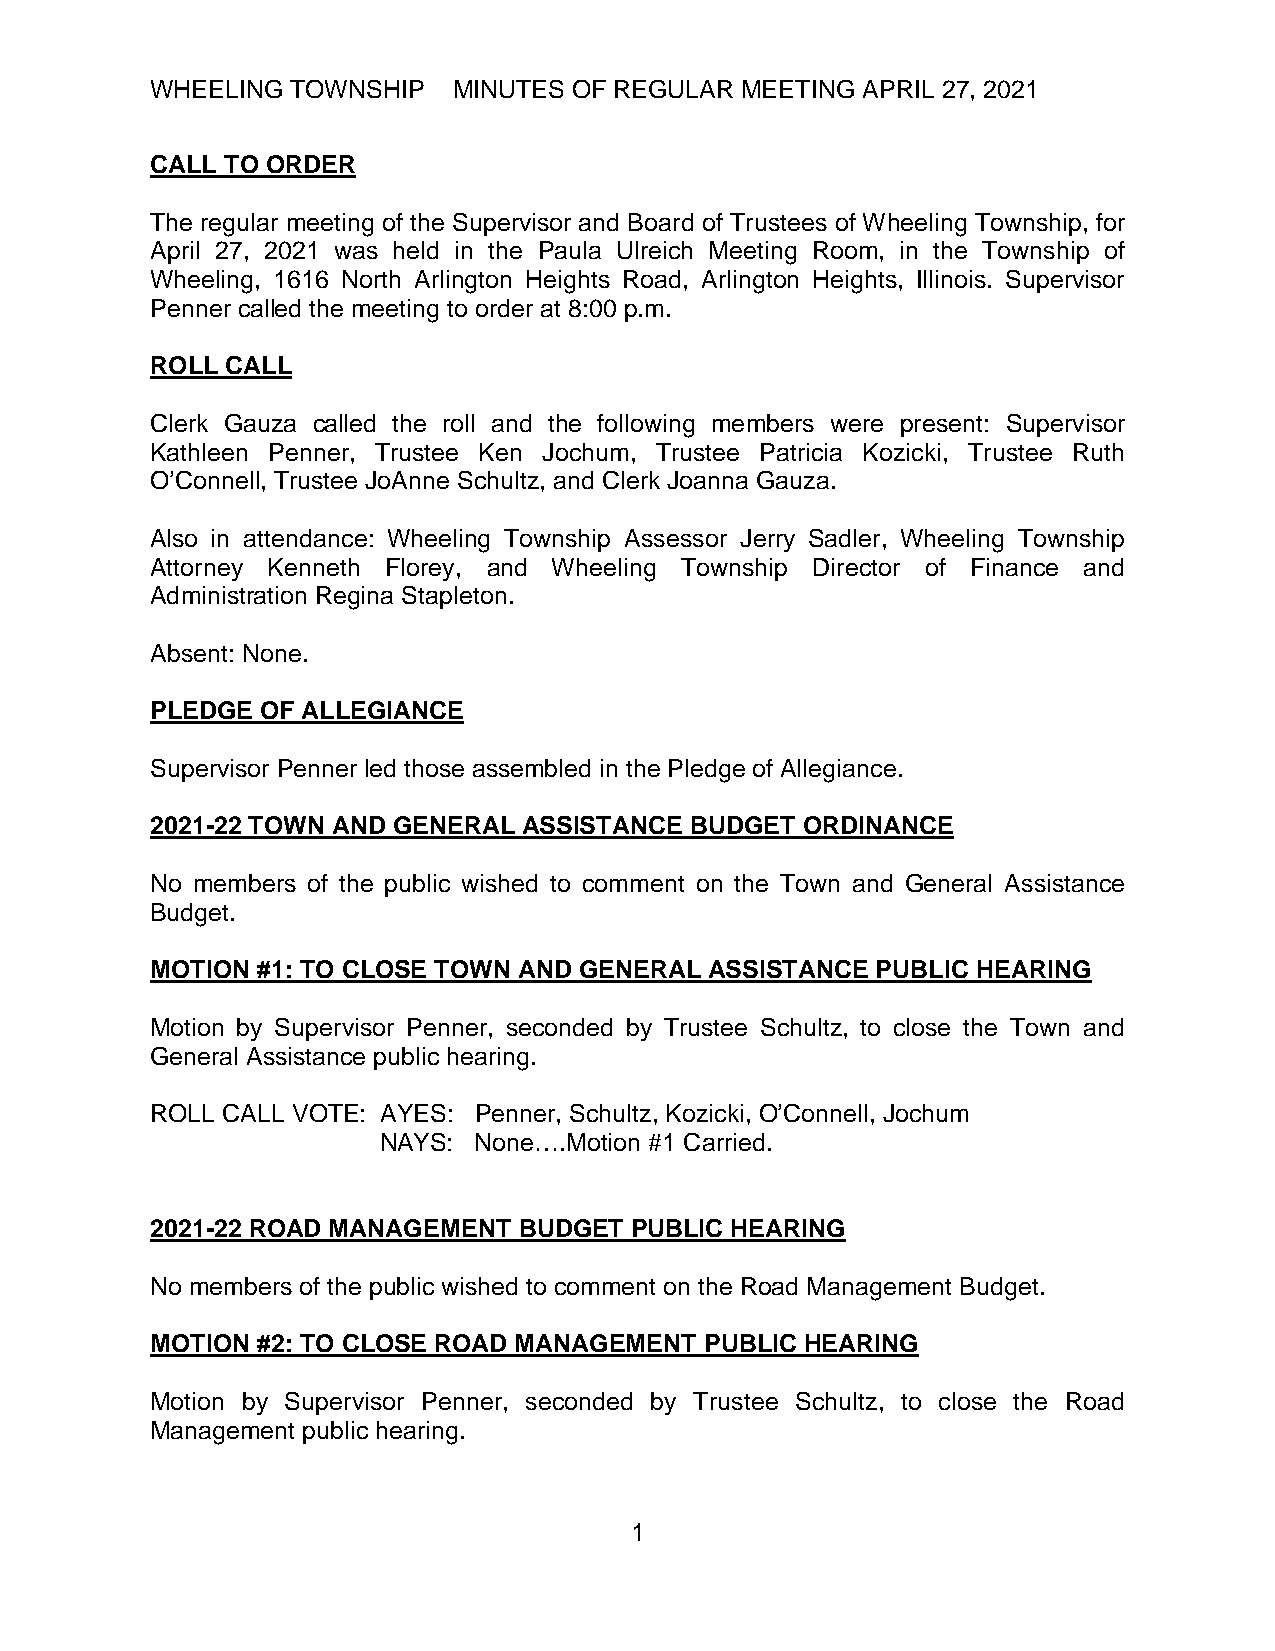
WHEELING TOWNSHIP   MINUTES OF REGULAR MEETING APRIL 27, 2021
 CALL TO ORDER
 The regular meeting of the Supervisor and Board of Trustees of Wheeling Township, for
 April 27, 2021 was held in the Paula Ulreich Meeting Room, in the Township of
 Wheeling, 1616 North Arlington Heights Road, Arlington Heights, Illinois. Supervisor
 Penner called the meeting to order at 8:00 p.m.
 ROLL CALL
 Clerk Gauza called the roll and the following members were present: Supervisor
 Kathleen Penner, Trustee Ken Jochum, Trustee Patricia Kozicki, Trustee Ruth
 O’Connell, Trustee JoAnne Schultz, and Clerk Joanna Gauza.
 Also in attendance: Wheeling Township Assessor Jerry Sadler, Wheeling Township
 Attorney Kenneth Florey, and Wheeling Township Director of Finance and
 Administration Regina Stapleton.
 Absent: None.
 PLEDGE OF ALLEGIANCE
 Supervisor Penner led those assembled in the Pledge of Allegiance.
 2021-22 TOWN AND GENERAL ASSISTANCE BUDGET ORDINANCE
 No members of the public wished to comment on the Town and General Assistance
 Budget.
 MOTION #1: TO CLOSE TOWN AND GENERAL ASSISTANCE PUBLIC HEARING
 Motion by Supervisor Penner, seconded by Trustee Schultz, to close the Town and
 General Assistance public hearing.
 ROLL CALL VOTE: AYES: Penner, Schultz, Kozicki, O’Connell, Jochum
 NAYS: None….Motion #1 Carried.
 2021-22 ROAD MANAGEMENT BUDGET  PUBLIC HEARING
 No members of the public wished to comment on the Road Management Budget.
 MOTION #2: TO CLOSE ROAD MANAGEMENT  PUBLIC HEARING
 Motion by Supervisor Penner, seconded by Trustee Schultz, to close the Road
 Management public hearing.
 1